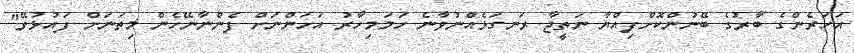
އަހަރެންގެ ބާރުގެ ބޭނުންކޮށްފިއްޔާ ނަތީޖާ ރަނގަޅެއްނުވާނެ ހަމަމިހާރު އަހަންނަށް ފެންނާނޭހެން މިތަނަށް ފައުޅުވޭ"